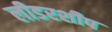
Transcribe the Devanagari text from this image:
लीडरशीप